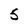
Character: S